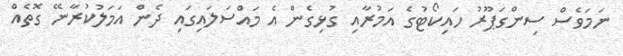
ނަމަވެސް ސިންގަޕޫރު ހައިކޯޓުގެ އަމުރާއި ގުޅިގެން އެ މައްސަލައިގައި ދެން އަމަލުކުރާނޭ ގޮތެއް